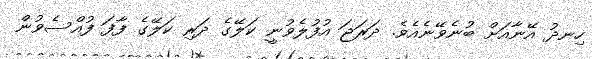
ހިނދު އޭނާއަށް ބުނެވޭނެއެވެ. ދަރަޖަ އުފުލެވުނީ ކަލޭގެ ދަރި ކަލޭގެ ފާފަ ފުއްސެވުން